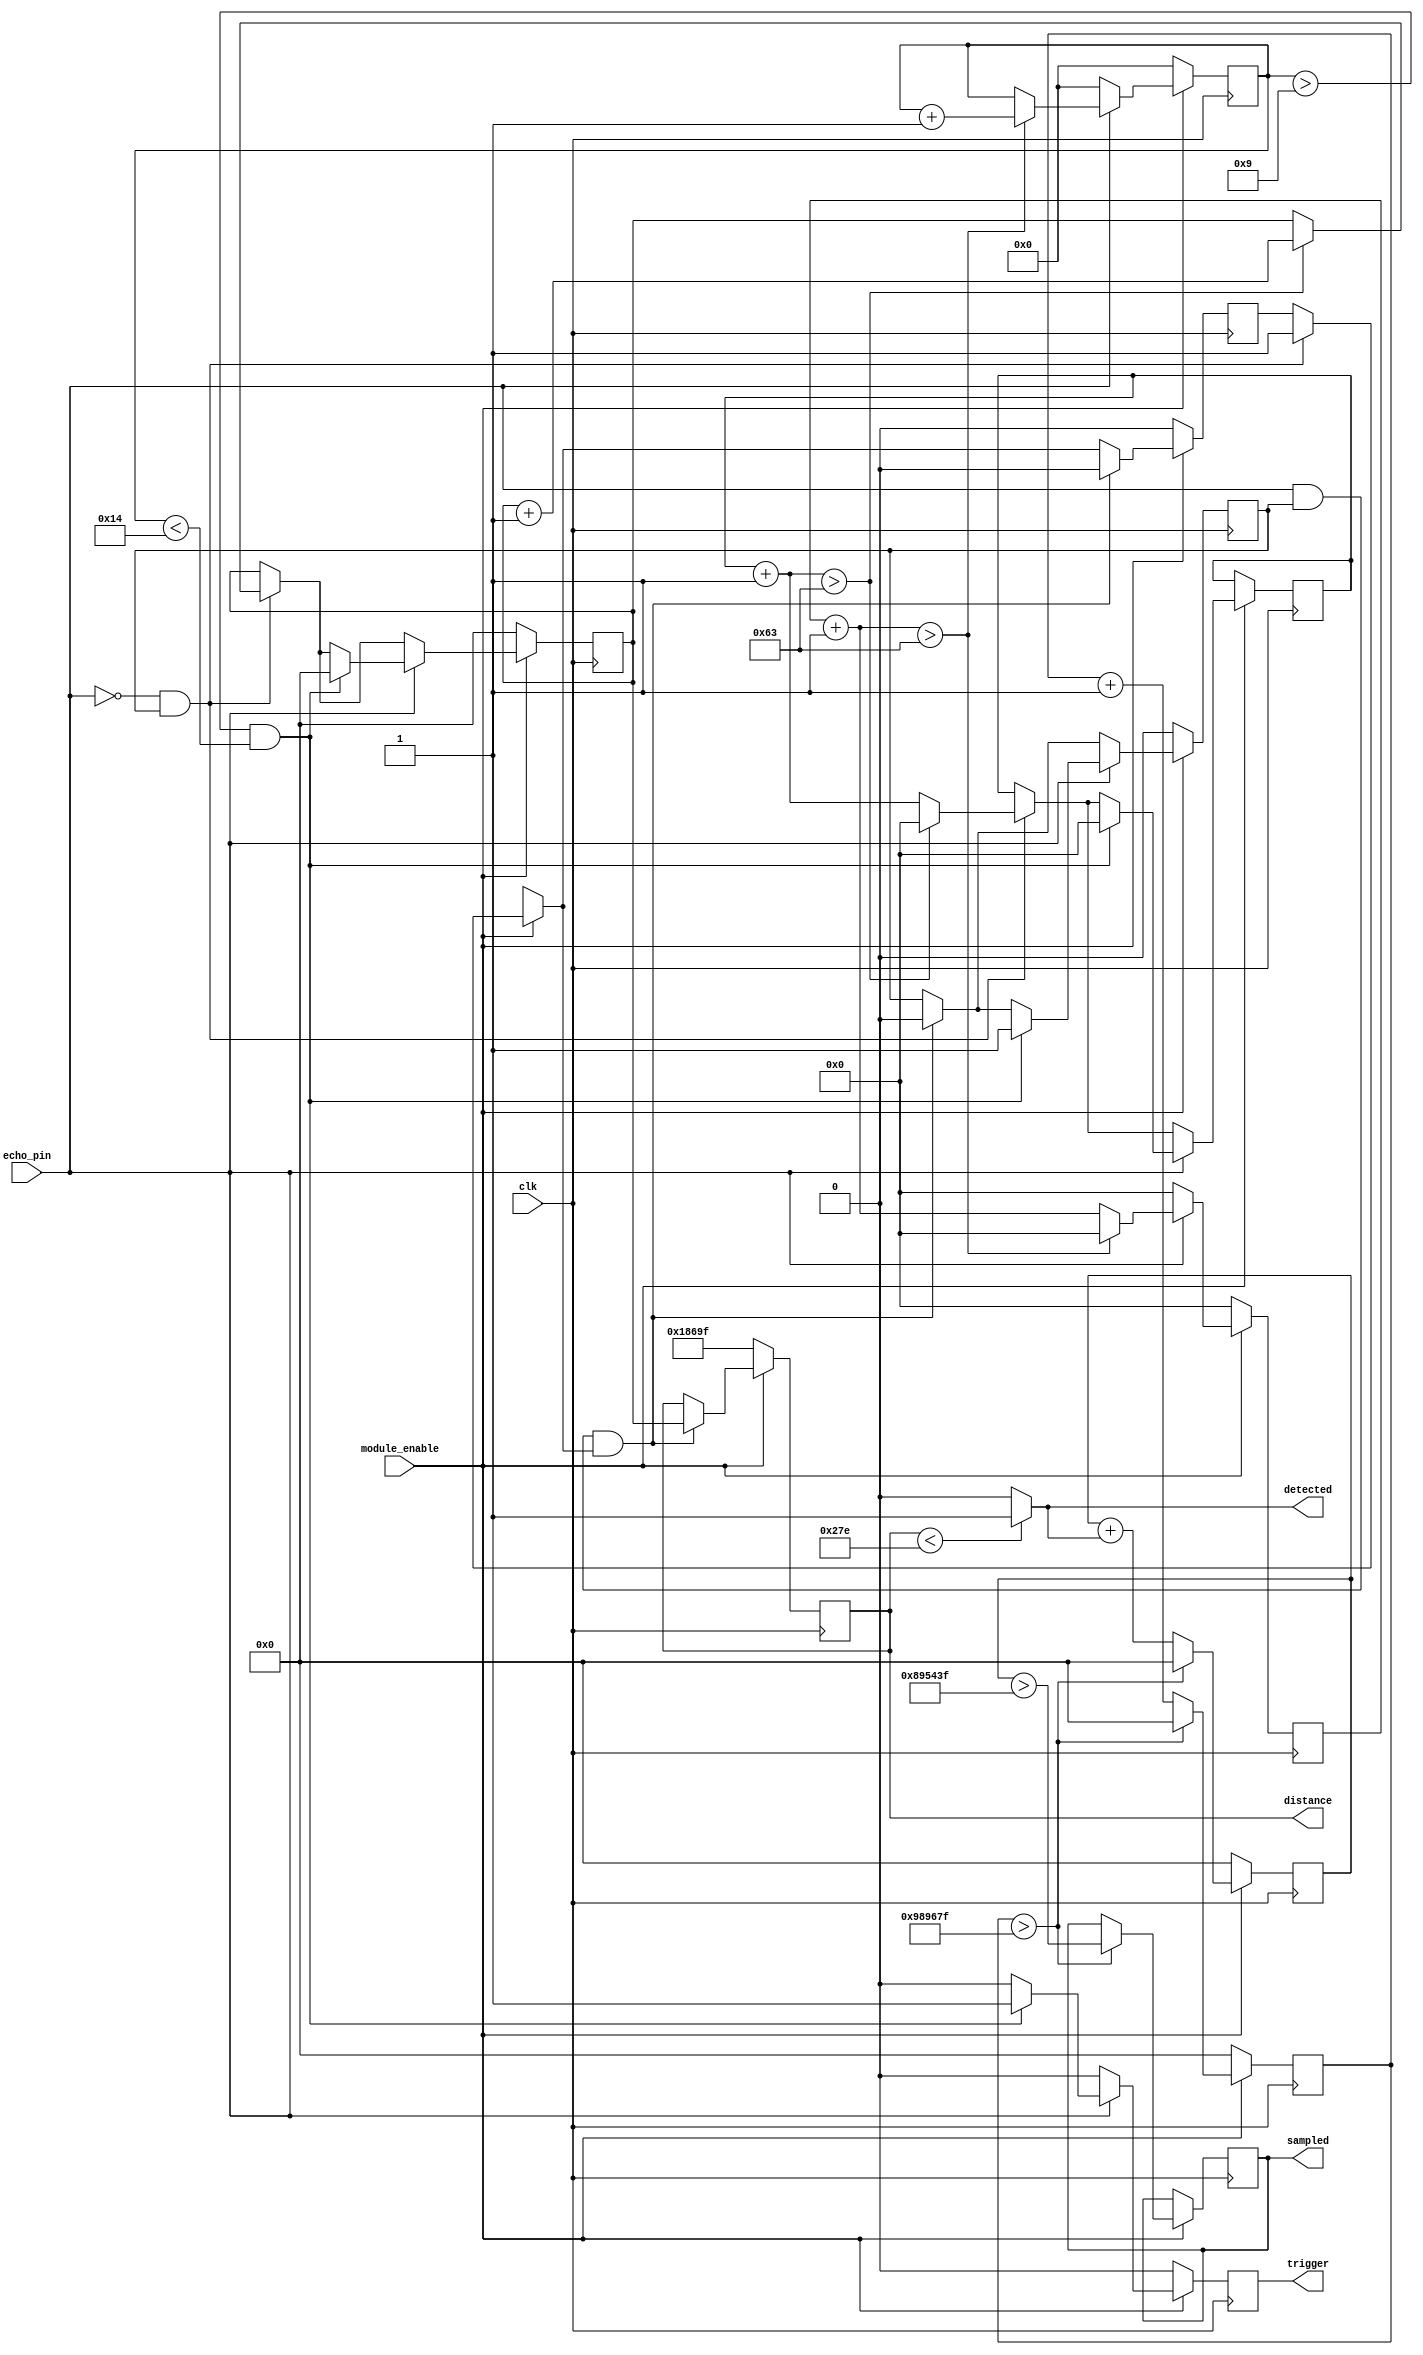
module US_SENSOR #(parameter SAMPLE_MS = 100, parameter SAMPLE_PERCENT = 90)(
    input clk, //input clock for reading pulse
    input echo_pin, //INVERTED LOGIC DUE TO PULLUP RESISTOR
    input module_enable,
        
    output detected,//outputs high  if something is detected in the target distance
    output reg sampled, //sampled is a filtered version of detected over a user-specified sample time. percentage determines how much of the signal is high for a detect
    output trigger,//sends signal to US sensor to trigger pulse
    output[29:0] distance
    );
    
    localparam true = 1;
    localparam false = 0;
    localparam CLOCK_TO_MS = 100_000; //100,000 CLOCK CYCLES IN 1 MS
    
    reg [29:0] timer = 0; //measured in microseconds, max of 23,200*2^15
    reg timer_enable=0;
    reg [6:0] counter =0;
    
    assign distance = final_timer_val;
    reg[29:0] final_timer_val = 99999;
    
    reg[14:0] trigger_timer=0;
    reg[6:0] trigger_counter = 0;
    reg trig_reg = 0;
    assign trigger = trig_reg;
    
    localparam target_distance = 11; //maximum detection distance in [cm]
    //2300 IS TIME BETWEEN TRIGGER AND ECHO RECEPTION
    assign detected = (final_timer_val<(target_distance*58)) ? 1 : 0; //converts target distance from cm to time    
    reg rising_edge = false;
    
    //SAMPLED IS A VARIABLE THAT IS A FILTERED VERSION OF DETECTED OVER A SPECIFIED SAMPLE PERIOD
    reg[29:0] detected_counter=0; //counts ammount of detected signals over a certain period
    reg[29:0] sample_counter=0;
    
    //increment timer if we are receiving echo OR increment trigger timer if we are sending pulse
    always@(posedge clk)begin
    
        if(module_enable) begin
            //THIS BLOCK OF CODE SAMPLES EVERY SAMPLE_MS AND OUTPUTS WHETHER AN ON WAS DETECTED FOR SAMPLE_PERCENT OF THE TIME
            sample_counter <= sample_counter + 1;
            detected_counter <= detected_counter + detected; //detected is 1 or 0
            if(sample_counter > SAMPLE_MS * CLOCK_TO_MS-1) begin
                sampled = (detected_counter > (SAMPLE_MS * CLOCK_TO_MS-1) * SAMPLE_PERCENT/100);
                sample_counter <= 0;
                detected_counter <=0;
            end
            
            //DISABLE TIMER WHEN NEGATIVE EDGE OF ECHO OCCURS
            if(!echo_pin && timer_enable) begin
                rising_edge = true;
                
                counter=counter+1;
                    
                if(counter>99)begin
                    timer <= timer+1;
                    counter <= 0;
                    end
            end
            
            //GET FINAL TIMER VALUE AT NEGATIVE EDGE OF ECHO
            if(echo_pin && timer_enable && rising_edge) begin
                final_timer_val <= timer;
                timer_enable <= false;
                rising_edge <= false;
            end
            
            if(echo_pin) begin
                
                trigger_counter = trigger_counter + 1;
                
                //MEASURE TRIGGER TIMER IN MICROSECONDS
                if(trigger_counter > 99) begin
                    trigger_timer <= trigger_timer + 1;
                    trigger_counter <= 0;
                end
                
                //TRIGGER FOR 10 MICROSECONDS; AFTER WHICH START COUNTING THE TIMER FOR DISTANCE CALCULATION
                if(trigger_timer > 9 && trigger_timer < 20) begin
                    trig_reg <= 1;
                    timer <= 0;
                    counter <= 0;
                    timer_enable <= true;
                end
                else begin
                    trig_reg = 0;
                end
            end
            else begin
                trig_reg <= 0;
                trigger_timer <= 0;
                trigger_counter <= 0;
            end
        end
        else begin
            sample_counter <= 0;
            detected_counter <=0;
            trig_reg <= 0;
            trigger_timer <= 0;
            trigger_counter <= 0;
            rising_edge = false;
            timer_enable = false;
            timer = 0;
            final_timer_val = 99999;
        end
    end
endmodule